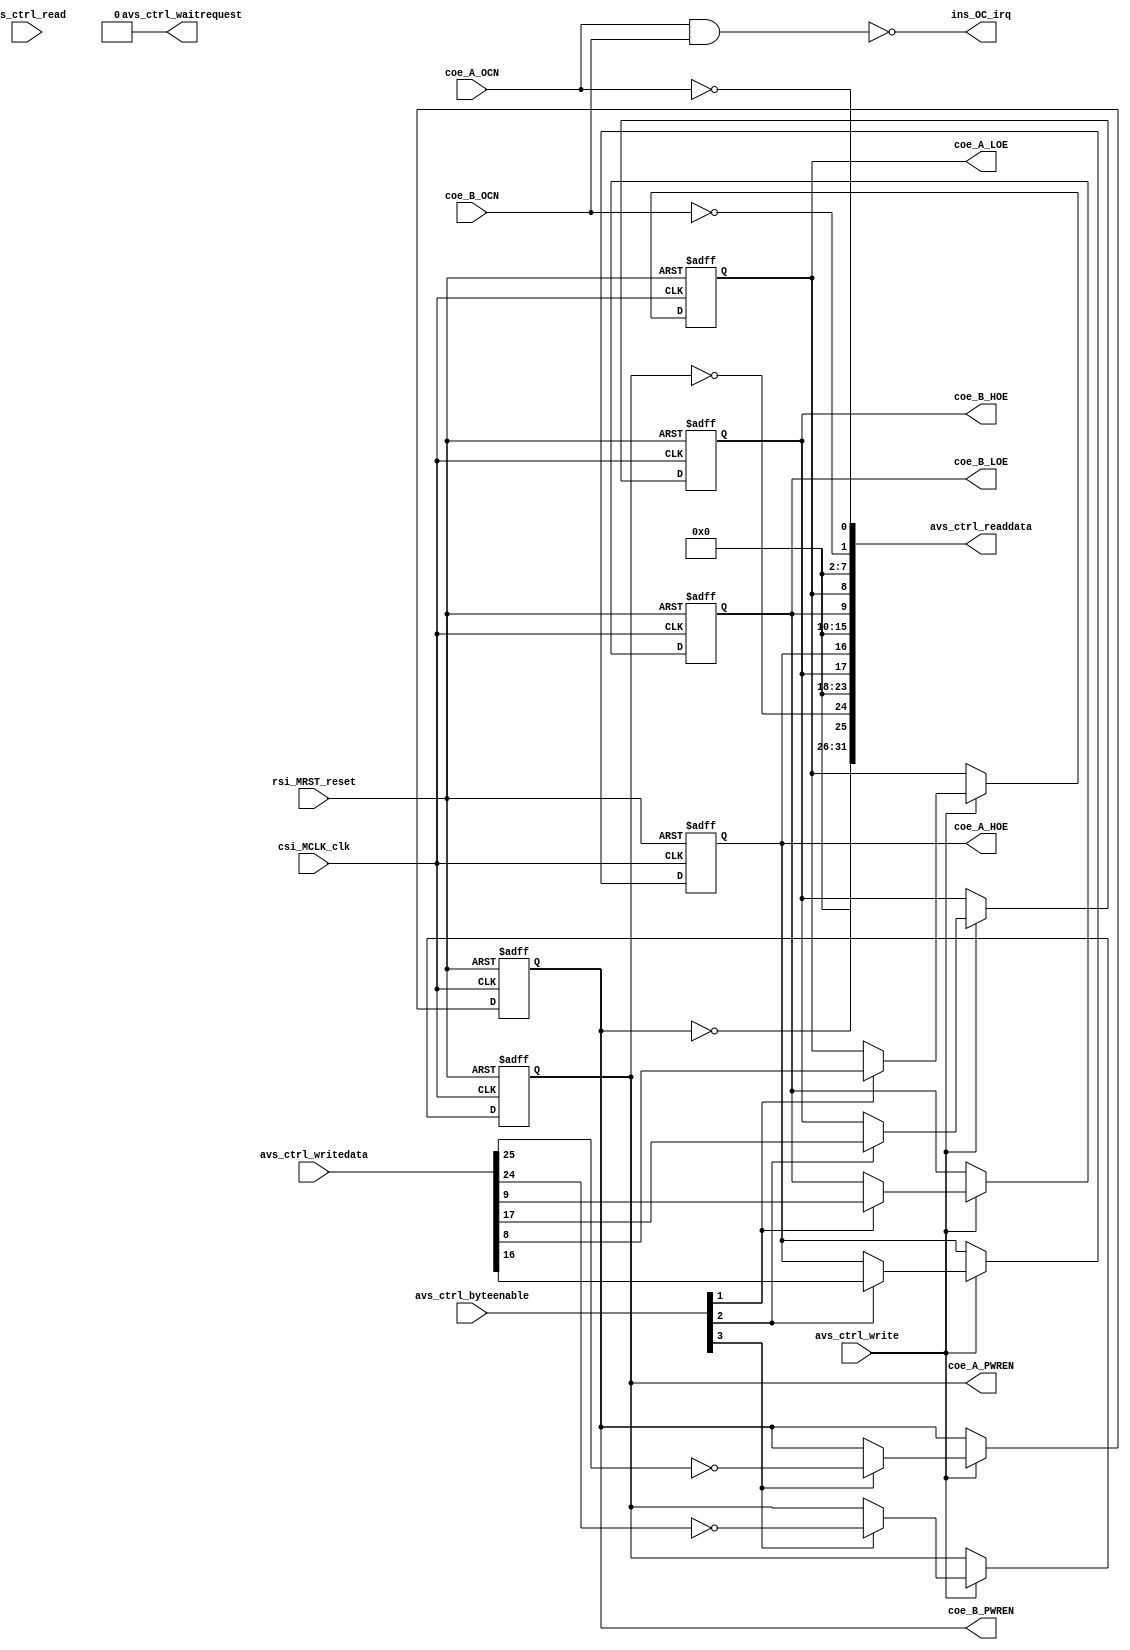
module basic_ShieldCtrl(
input					rsi_MRST_reset,	
input					csi_MCLK_clk,
input		[31:0]	avs_ctrl_writedata,
output	[31:0]	avs_ctrl_readdata,
input		[3:0]		avs_ctrl_byteenable,
input					avs_ctrl_write,
input					avs_ctrl_read,
output				avs_ctrl_waitrequest,
output				ins_OC_irq,
input					coe_A_OCN,
output				coe_A_PWREN,
output				coe_A_HOE,
output				coe_A_LOE,
input					coe_B_OCN,
output				coe_B_PWREN,
output				coe_B_HOE,
output				coe_B_LOE
);
reg					rMODA_PWREN = 1;
reg					rMODA_HOE = 0;
reg					rMODA_LOE = 0;
reg					rMODB_PWREN = 1;
reg					rMODB_HOE = 0;
reg					rMODB_LOE = 0;
assign	avs_ctrl_readdata = {6'b0, ~rMODB_PWREN, ~rMODA_PWREN, 6'b0, rMODB_HOE, rMODA_HOE, 6'b0, rMODB_LOE, rMODA_LOE, 6'b0, ~coe_B_OCN, ~coe_A_OCN};
assign	avs_ctrl_waitrequest = 1'b0;
assign	ins_OC_irq = ~(coe_A_OCN & coe_B_OCN);
assign	coe_A_PWREN = rMODA_PWREN;
assign	coe_A_HOE = rMODA_HOE;
assign	coe_A_LOE = rMODA_LOE;
assign	coe_B_PWREN = rMODB_PWREN;
assign	coe_B_HOE = rMODB_HOE;
assign	coe_B_LOE = rMODB_LOE;
always@(posedge csi_MCLK_clk or posedge rsi_MRST_reset)
begin
	if(rsi_MRST_reset) begin
		rMODA_PWREN <= 1;
		rMODA_HOE <= 0;
		rMODA_LOE <= 0;
		rMODB_PWREN <= 1;
		rMODB_HOE <= 0;
		rMODB_LOE <= 0;
	end
	else begin
		if(avs_ctrl_write) begin
			if(avs_ctrl_byteenable[3]) begin rMODB_PWREN <= ~avs_ctrl_writedata[25]; rMODA_PWREN <= ~avs_ctrl_writedata[24]; end
			if(avs_ctrl_byteenable[2]) begin rMODB_HOE <= avs_ctrl_writedata[17]; rMODA_HOE <= avs_ctrl_writedata[16]; end
			if(avs_ctrl_byteenable[1]) begin rMODB_LOE <= avs_ctrl_writedata[9]; rMODA_LOE <= avs_ctrl_writedata[8]; end
		end
	end
end
endmodule